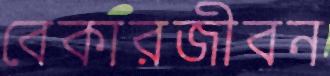
বেকারজীবন